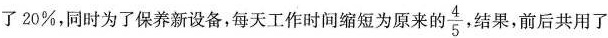
了20%，同时为了保养新设备，每天工作时间缩短为原来的 \frac{4}{5}，结果，前后共用了